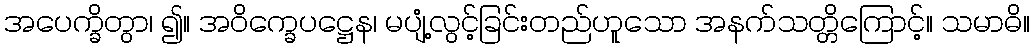
အပေက္ခိတွာ၊ ၍။ အဝိက္ခေပဋ္ဌေန၊ မပျံ့လွင့်ခြင်းတည်ဟူသော အနက်သတ္တိကြောင့်။ သမာဓိ။